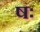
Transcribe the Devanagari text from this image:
षः